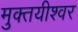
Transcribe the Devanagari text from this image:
मुक्तयीश्वर